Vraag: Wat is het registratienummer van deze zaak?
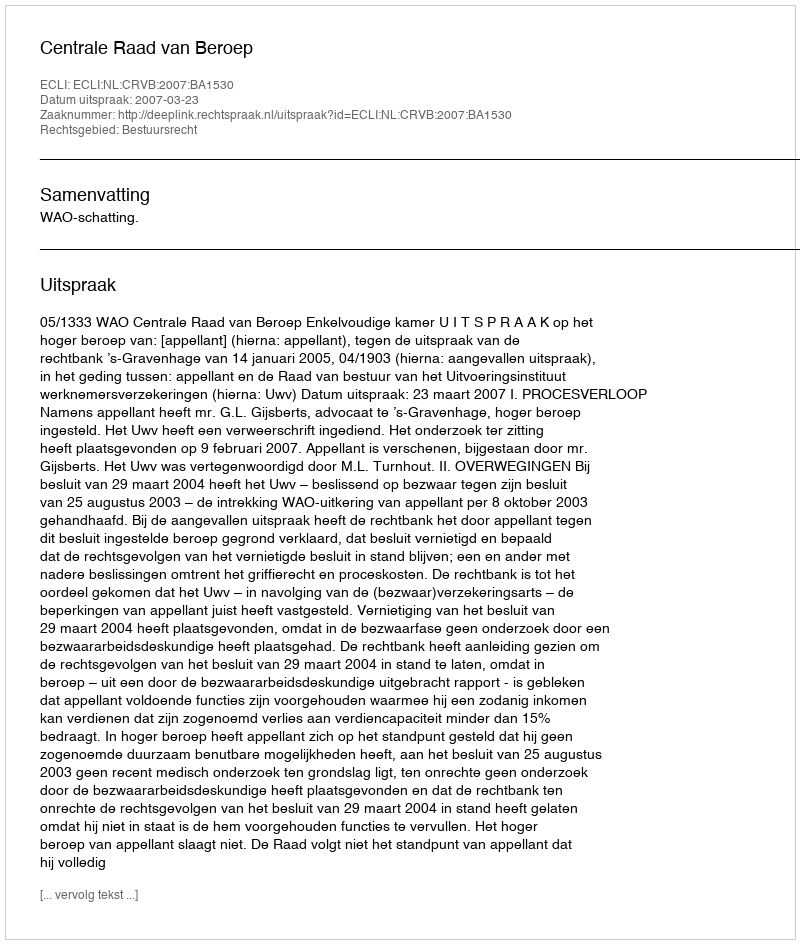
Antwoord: http://deeplink.rechtspraak.nl/uitspraak?id=ECLI:NL:CRVB:2007:BA1530